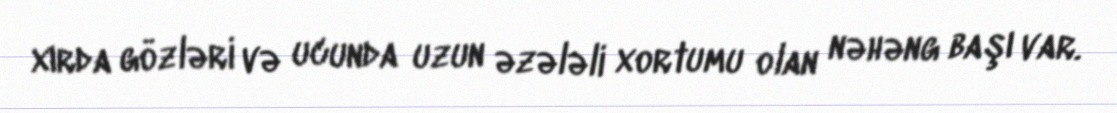
xırda gözləri və ucunda uzun əzələli xortumu olan nəhəng başı var.